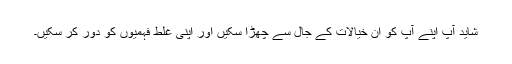
شاید آپ اپنے آپ کو ان خیالات کے جال سے چھڑا سکیں اور اپنی غلط فہمیوں کو دور کر سکیں۔